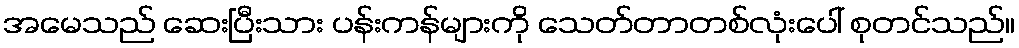
အမေသည် ဆေးပြီးသား ပန်းကန်များကို သေတ်တာတစ်လုံးပေါ် စုတင်သည်။